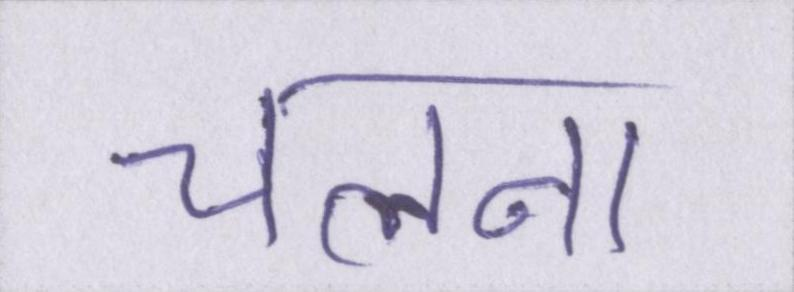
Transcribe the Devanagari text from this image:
चलना।